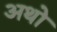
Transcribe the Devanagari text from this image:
अथो